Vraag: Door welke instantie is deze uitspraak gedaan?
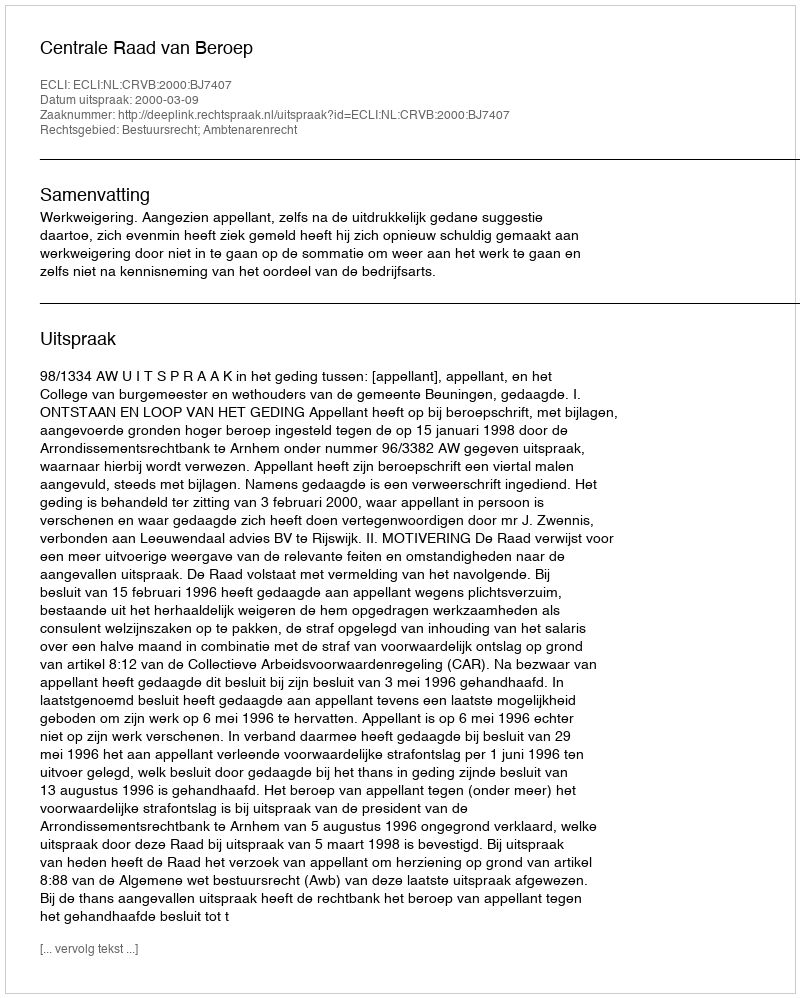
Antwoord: Centrale Raad van Beroep